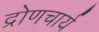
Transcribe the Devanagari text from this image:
द्रोणचार्य